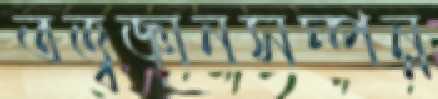
তত্ত্বজ্ঞানসম্পন্ন